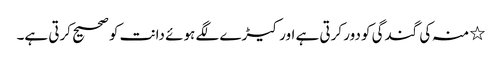
٭ منہ کی گندگی کو دور کرتی ہے اور کیڑے لگے ہوئے دانت کو صحیح کرتی ہے۔